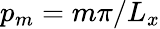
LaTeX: p_{m}=m\pi/L_{x}